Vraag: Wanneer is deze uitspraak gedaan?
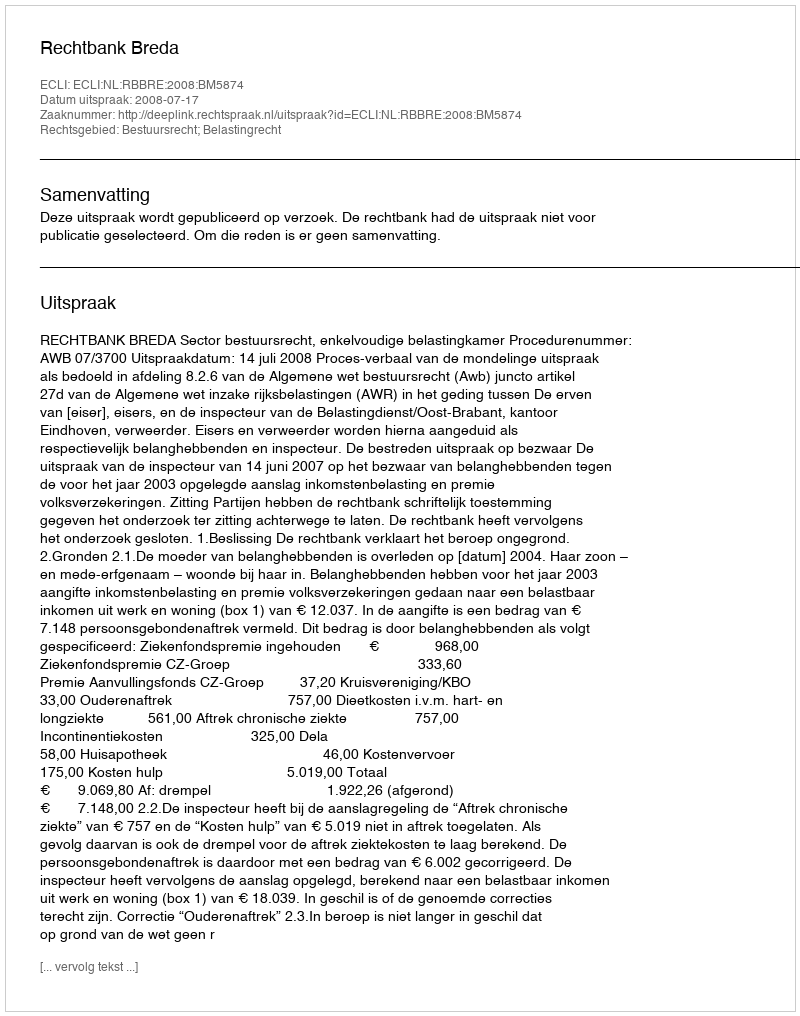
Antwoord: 2008-07-17